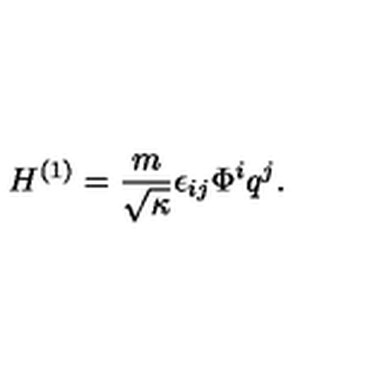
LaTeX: H ^ { ( 1 ) } = \frac { m } { \sqrt { \kappa } } \epsilon _ { i j } \Phi ^ { i } q ^ { j } .